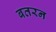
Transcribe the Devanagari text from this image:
बतरन